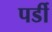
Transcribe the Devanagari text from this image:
पर्डी